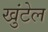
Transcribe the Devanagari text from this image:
खुंटेल